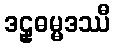
ဒဠှဓမ္မဒဿီ